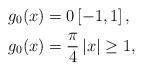
LaTeX: \begin{align*}g_{0}(x) & =0\left[ -1,1\right], \\g_{0}(x) & =\frac{\pi}{4}\left\vert x\right\vert \geq 1,\end{align*}